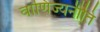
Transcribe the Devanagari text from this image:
वाणिज्यनीति